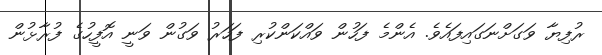
ރުފިޔާ ވަގަށްނަގައިފައެވެ. އެންމެ ފަހުން ވައްކަންކުރި ފަހަރު ވަގުން ވަނީ އޮފީހުގެ ފުރާޅުން